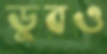
ডুবও